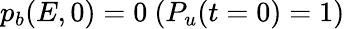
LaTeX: p_{b}(E,0)=0\ (P_{u}(t=0)=1)